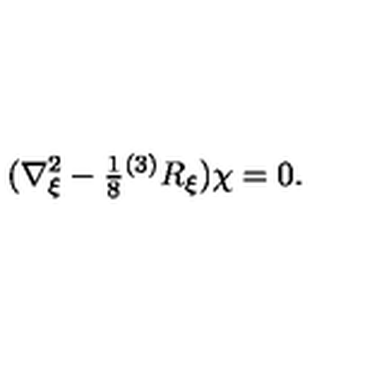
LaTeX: ( \nabla _ { \xi } ^ { 2 } - { \textstyle \frac { 1 } { 8 } } { } ^ { ( 3 ) } R _ { \xi } ) \chi = 0 .